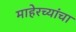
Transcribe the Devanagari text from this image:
माहेरच्यांचा